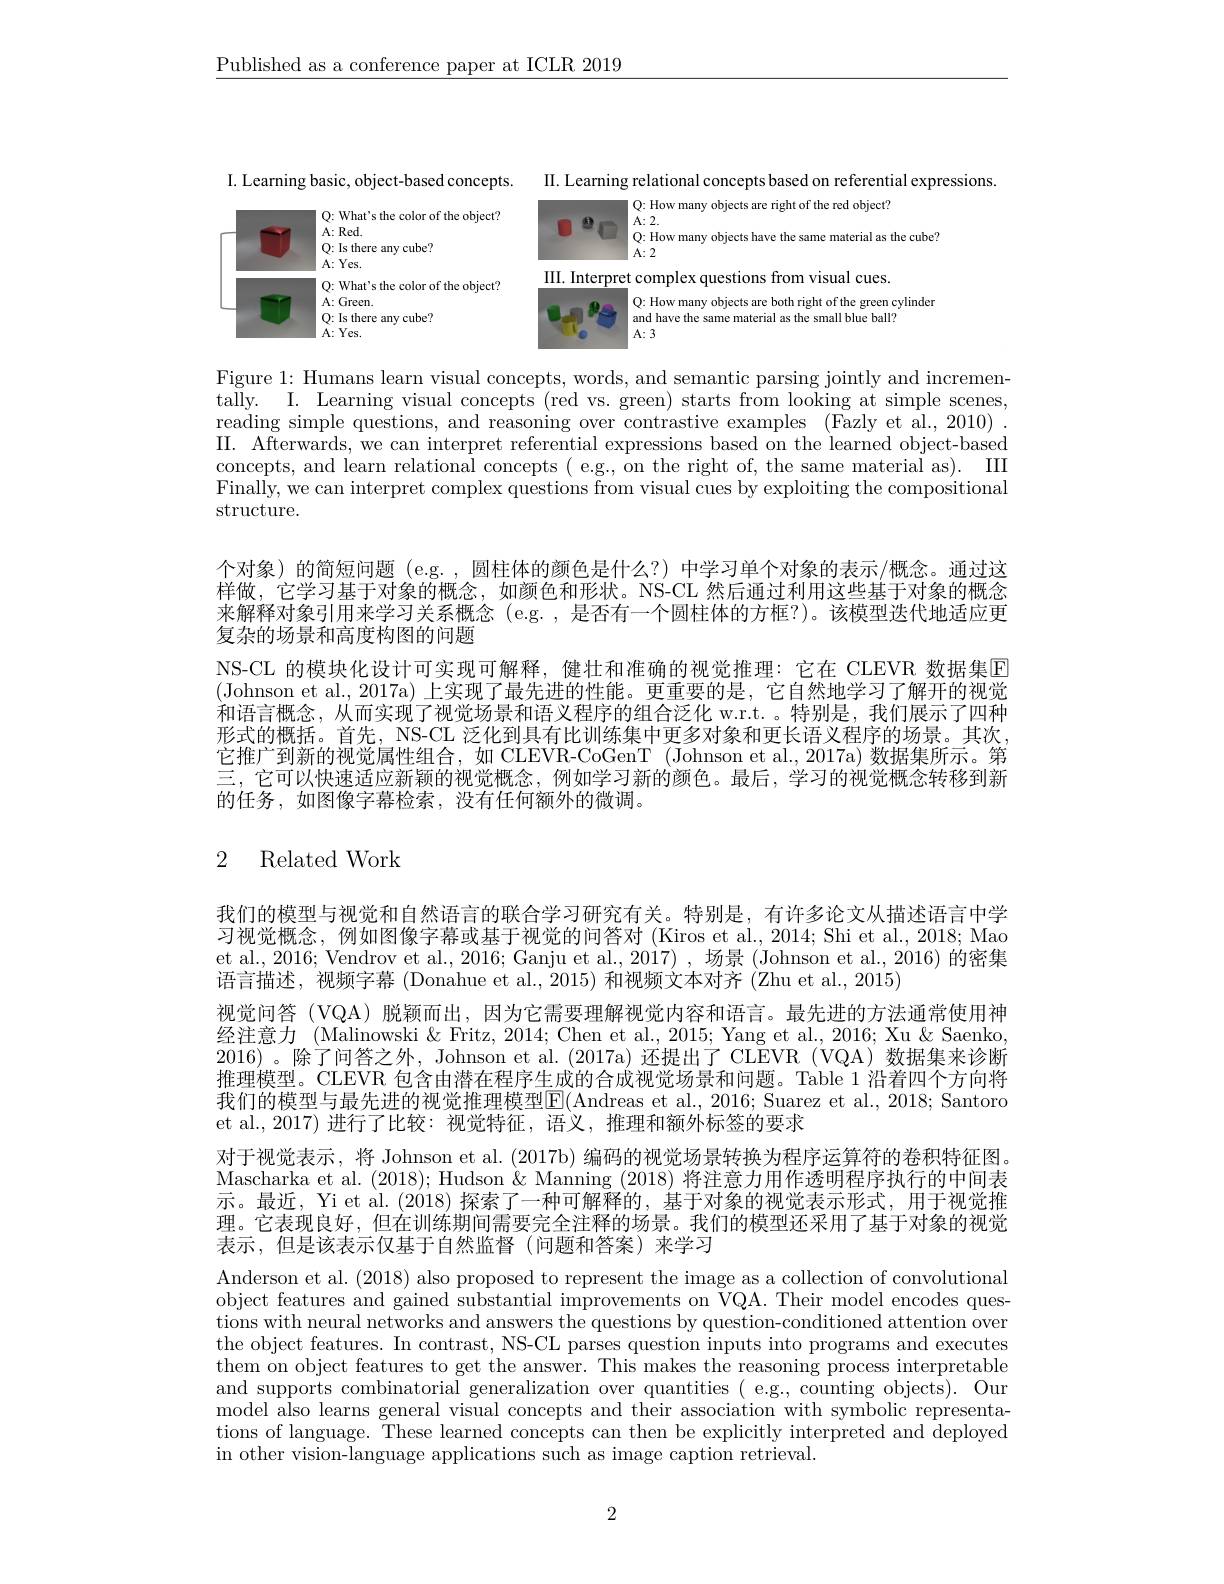
$\underline{\text{Published as a conference paper at ICLR 2019}}$

II. Learning relational concepts based on referential expressions
object?
the cube?
<FigureHere>
$cues.$
green cylinder
ball?

I. Learning basic, object-based concepts.

Figure 1: Humans learn visual concepts, words, and semantic parsing jointly and incrementally. I. Learning visual concepts (red vs. green) starts from looking at simple scenes, reading simple questions, and reasoning over contrastive examples (Fazly et al., 2010) . II. Afterwards, we can interpret referential expressions based on the learned object-based concepts, and learn relational concepts ( e.g., on the right of, the same material as). III Finally, we can interpret complex questions from visual cues by exploiting the compositional structure.

个对象) 的简短问题 (e.g.,圆柱体的颜色是什么？)中学习单个对象的表示/概念。通过这样做，它学习基于对象的概念，如颜色和形状。NS-CL 然后通过利用这些基于对象的概念来解释对象引用来学习关系概念(e.g.,是否有一个圆柱体的方框？)。该模型迭代地适应更复杂的场景和高度构图的问题
NS-CL 的模块化设计可实现可解释，健壮和准确的视觉推理：它在 CLEVR 数据集$\square$ (Johnson et al., 2017a) 上实现了最先进的性能。更重要的是，它自然地学习了解开的视觉和语言概念，从而实现了视觉场景和语义程序的组合泛化 w.r.t. 。特别是，我们展示了四种形式的概括。首先，NS-CL 泛化到具有比训练集中更多对象和更长语义程序的场景。其次， 它推广到新的视觉属性组合，如 CLEVR-CoGenT (Johnson et al., 2017a) 数据集所示。第三，它可以快速适应新颖的视觉概念，例如学习新的颜色。最后，学习的视觉概念转移到新的任务，如图像字幕检索，没有任何额外的微调。

## 2 Related Work

我们的模型与视觉和自然语言的联合学习研究有关。特别是，有许多论文从描述语言中学习视觉概念，例如图像字幕或基于视觉的问答对(Kiros et al., 2014; Shi et al., 2018; Mao et al., 2016; Vendrov et al., 2016; Ganju et al., 2017) , 场景 (Johnson et al., 2016) 的密集语言描述，视频字幕 (Donahue et al., 2015) 和视频文本对齐 (Zhu et al., 2015)
视觉问答(VQA)脱颖而出，因为它需要理解视觉内容和语言。最先进的方法通常使用神经注意力 (Malinowski & Fritz, 2014; Chen et al., 2015; Yang et al., 2016; Xu & Saenko, 2016) 。除了问答之外，Johnson et al. (2017a) 还提出了 CLEVR (VQA)数据集来诊断推理模型。CLEVR 包含由潜在程序生成的合成视觉场景和问题。Table 1 沿着四个方向将我们的模型与最先进的视觉推理模型$\boxed{\mathrm{E}}($Andreas et al., 2016; Suarez et al., 2018; Santoro et al.,2017) 进行了比较：视觉特征，语义，推理和额外标签的要求
对于视觉表示，将 Johnson et al. (2017b) 编码的视觉场景转换为程序运算符的卷积特征图。Mascharka et al. (2018); Hudson & Manning (2018) 将注意力用作透明程序执行的中间表示。最近，Yi et al. (2018) 探索了一种可解释的，基于对象的视觉表示形式，用于视觉推理。它表现良好，但在训练期间需要完全注释的场景。我们的模型还采用了基于对象的视觉表示，但是该表示仅基于自然监督(问题和答案)来学习

Anderson et al. (2018) also proposed to represent the image as a collection of convolutional object features and gained substantial improvements on VQA. Their model encodes questions with neural networks and answers the questions by question-conditioned attention over the object features. In contrast, NS-CL parses question inputs into programs and executes them on object features to get the answer. This makes the reasoning process interpretable and supports combinatorial generalization over quantities ( e.g., counting objects). Our model also learns general visual concepts and their association with symbolic representations of language. These learned concepts can then be explicitly interpreted and deployed in other vision-language applications such as image caption retrieval.

2